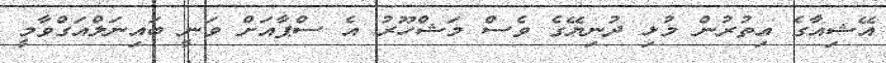
އޭޝިއާގެ އިތުރުން މުޅި ދުނިޔޭގެ ވެސް މަޝްހޫރު އެ ސްޕާއަށް ވަނީ ބައިނަލްއަގްވާމީ